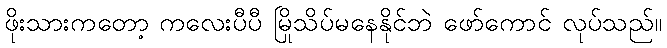
ဖိုးသားကတော့ ကလေးပီပီ မြိုသိပ်မနေနိုင်ဘဲ ဖော်ကောင် လုပ်သည်။